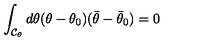
\int _ { { \cal C } _ { \theta } } d \theta ( \theta - \theta _ { 0 } ) ( \bar { \theta } - \bar { \theta } _ { 0 } ) = 0